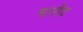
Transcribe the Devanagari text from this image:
मारोट